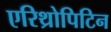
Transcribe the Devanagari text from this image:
एरिथ्रोपिटिन